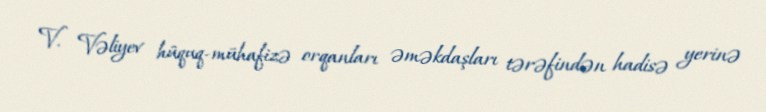
V. Vəliyev hüquq-mühafizə orqanları əməkdaşları tərəfindən hadisə yerinə